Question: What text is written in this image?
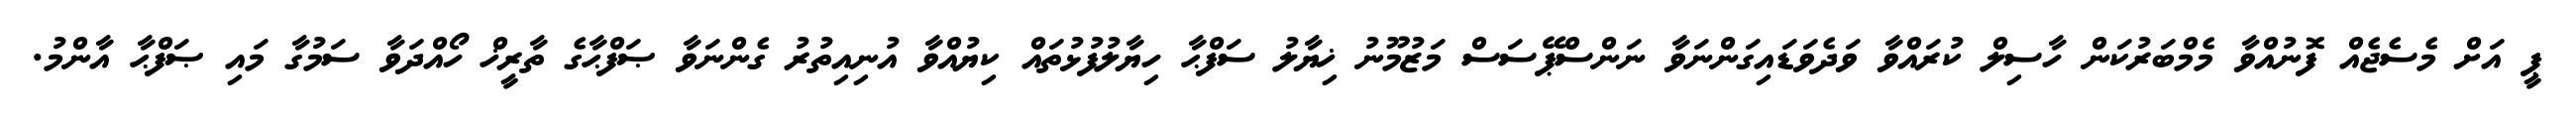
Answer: ޕީ އަށް މެސެޖެއް ފޮނުއްވާ މެމްބަރުކަން ހާސިލް ކުރައްވާ ވަދެވަޑައިގަންނަވާ ނަންސްޕޭސަސް މަޒުމޫނު ޚިޔާލު ސަފްޙާ ހިޔާލުފުޅުތައް ކިޔުއްވާ އުނިއިތުރު ގެންނަވާ ޞަފްޙާގެ ތާރީޚް ހޯއްދަވާ ސަމުގާ މައި ޞަފްޙާ އާންމު.